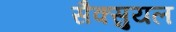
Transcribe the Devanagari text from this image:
सैक्सुयल